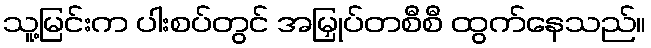
သူ့မြင်းက ပါးစပ်တွင် အမြှုပ်တစီစီ ထွက်နေသည်။